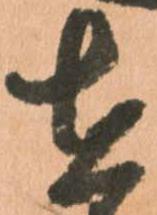
在